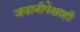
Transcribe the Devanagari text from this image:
जवानीपेक्षाही